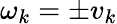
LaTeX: \omega_{k}=\pm v_{k}